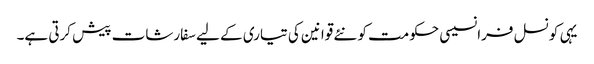
یہی کونسل فرانسیسی حکومت کو نئے قوانین کی تیاری کے لیے سفارشات پیش کرتی ہے۔